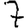
Digit: 7